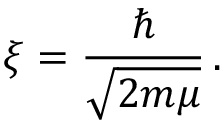
\xi = { \frac { \hbar } { \sqrt { 2 m \mu } } } \, .